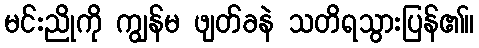
မင်းညိုကို ကျွန်မ ဖျတ်ခနဲ သတိရသွားပြန်၏။